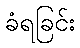
ခံရခြင်း